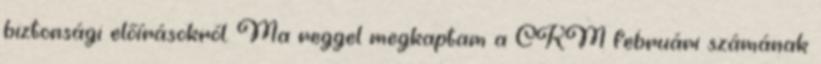
biztonsági előírásokról. Ma reggel megkaptam a CKM februári számának